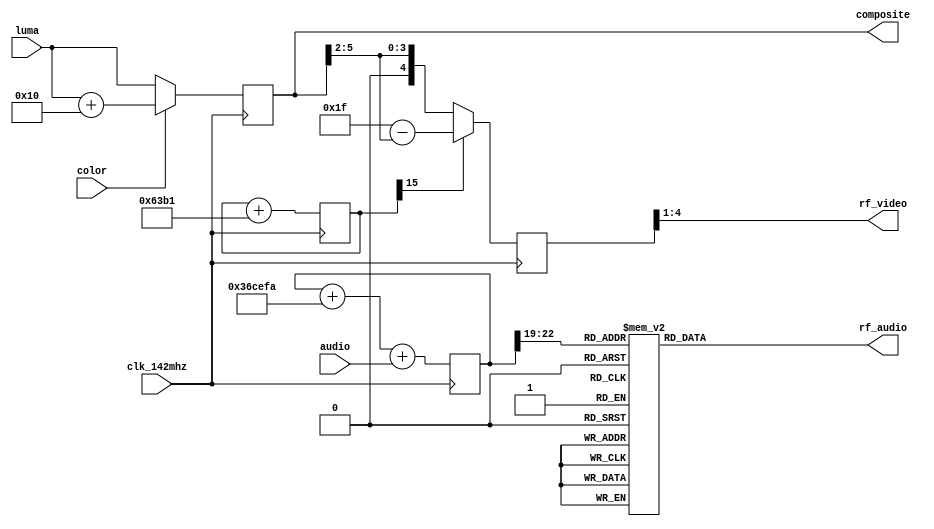
// Copyright 2022 Anders Lynge Esbensen. All rights reserved.
// Use of this source code is governed by a BSD-style
// license that can be found in the LICENSE file.


module rf_modulator (
    input clk_142mhz, // Color carrier * 32 ie 141.8758
    input [5:0] luma,
    input color,
    input [11:0] audio,
    
    output [3:0] rf_video, //Video RF at 55Mhz VHF channel 3
    output reg [3:0] rf_audio, //Audio RF at 60.5Mhz VHF channel 3
    output reg [5:0] composite //Composite video
);
    //Clock generation
    reg[16:0] rf_acc;
    reg[23:0] audio_acc;
    reg [4:0] rf_video_i;
initial begin
    rf_acc  = 0;
    audio_acc = 0;
end
    assign rf_video = rf_video_i[4:1];

    wire rf_i = rf_acc[15];

    always @(posedge clk_142mhz ) begin
        // Video Carrier wave
        rf_acc <= rf_acc   + 25521;

        // Composite signal    
        composite <= color ? luma + 16 : luma;

        // FM modulated audio at 5.5Mhz + 55.25
        // (gdb) p (1<<24) *(5.5+55.25) / 141.8758
        audio_acc <= audio_acc + 3591930+audio;

        // Modulated RF signal
        // Note this is not SSB modulated, so the bandwith of the 
        // signal is twice what it is supposed to be.
        // Here a hilbert transform or a wiever transform could be used
        // to produce a proper SSB modulation
        rf_video_i <= rf_i ? 31-composite[5:2] : composite[5:2];
    end

    //16 point to 4 bit sine
    always @(*) begin
        case(audio_acc[22:19])
        0 : rf_audio<=  8 ;
        1 : rf_audio<=  10 ;
        2 : rf_audio<=  13 ;
        3 : rf_audio<=  14 ;
        4 : rf_audio<=  15 ;
        5 : rf_audio<=  14 ;
        6 : rf_audio<=  13 ;
        7 : rf_audio<=  10 ;
        8 : rf_audio<=  8 ;
        9 : rf_audio<=  5 ;
        10 : rf_audio<=  2 ;
        11 : rf_audio<=  1 ;
        12 : rf_audio<=  0 ;
        13 : rf_audio<=  1 ;
        14 : rf_audio<=  2 ;
        15 : rf_audio<=  5 ;
        endcase
    end
endmodule